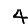
Digit: 4